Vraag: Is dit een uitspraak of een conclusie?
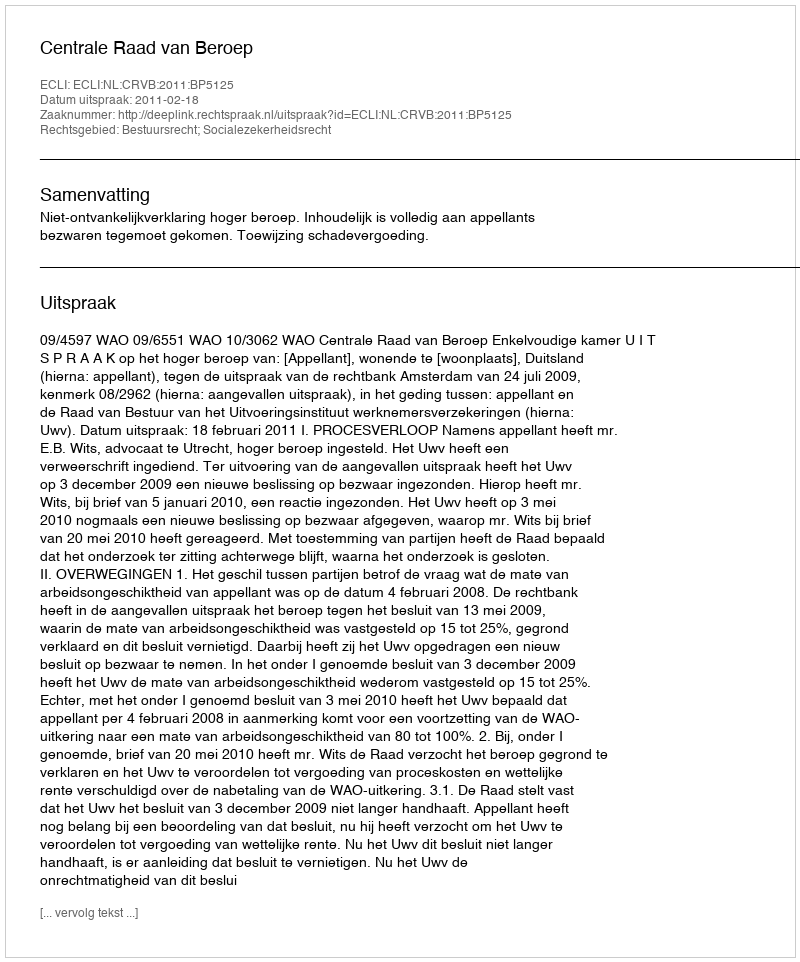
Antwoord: Uitspraak